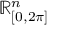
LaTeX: \mathbb { R } _ { [ 0 , 2 \pi ] } ^ { n }